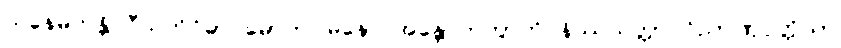
သနေမိကန္တိ ဝီသတိဝိဓာ မောဟဂါမိနော အန္တောကတွာတိ နိဿယတ္တာ ဝိညာဏုပ္ပတ္တိယာ